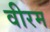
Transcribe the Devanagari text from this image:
वीरम